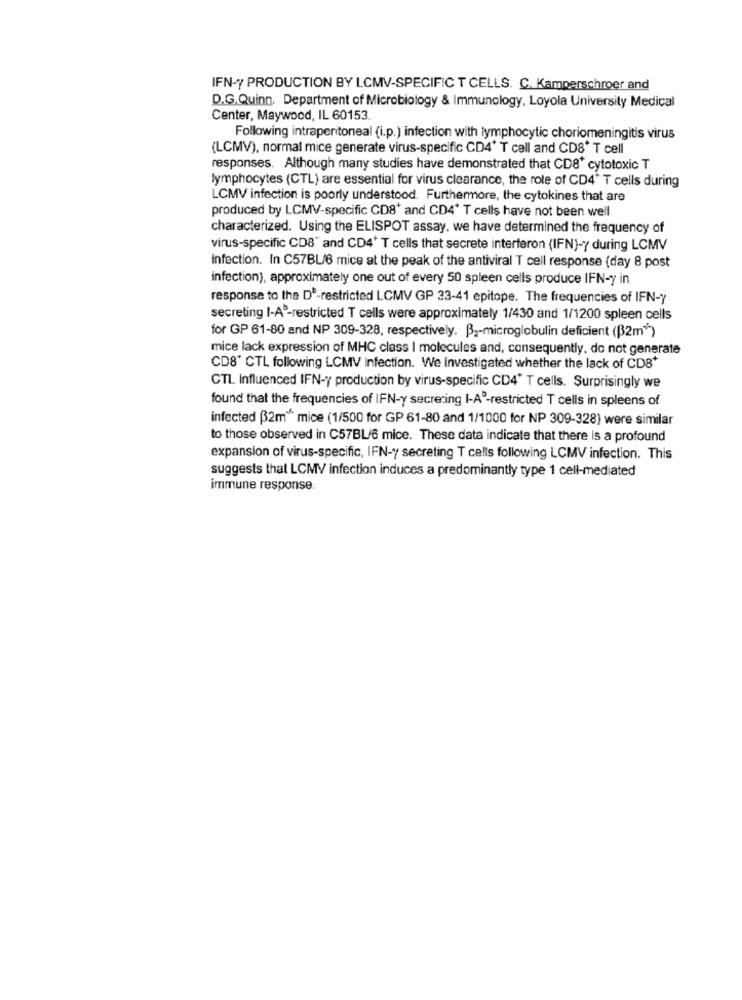
IFN-y PRODUCTION BY LCMV-SPECIFIC T CELLS. C. Kamperschroer and
D.G.Quinn, Department of Microbiology & Immunology, Loyola University Medical
Center, Maywood, IL 60153
Following intraperitoneal (i.p.) infection with lymphocytic choriomeningitis virus
(LCMV), normal mice generate virus-specific CD4' T cell and CD8* T cell
responses. Although many studies have demonstrated that CD8+ cytotoxic T
lymphocytes (CTL) are essential for virus clearance, the role of CD4* T cells during
LCMV infection is poorly understood. Furthermore, the cytokines that are
produced by LCMV-specific CD8+ and CD4+ T cells have not been well
characterized. Using the ELISPOT assay, we have determined the frequency of
virus-specific CD8" and CD4+ T cells that secrete interferon (IFN)-y during LCMV
infection. In C57BL/6 mice at the peak of the antiviral T cell response (day 8 post
infection), approximately one out of every 50 spleen cells produce IFN-y in
response to the D'-restricted LCMV GP 33-41 epitope. The frequencies of IFN-Y
secreting I-A5-restricted T cells were approximately 1/430 and 1/1200 spleen cells
for GP 61-80 and NP 309-328, respectively. B2-microglobulin deficient (B2m ** )
mice lack expression of MHC class I molecules and, consequently, do not generate
CD8+ CTL following LCMV infection. We investigated whether the lack of CD8+
CTL influenced IFN-y production by virus-specific CD4+ T cells. Surprisingly we
found that the frequencies of IFN-y secrering I-A"-restricted T cells in spleens of
infected (2m" mice (1/500 for GP 61-80 and 1/1000 for NP 309-328) were similar
to those observed in C57BL/6 mice. These data indicate that there is a profound
expansion of virus-specific, IFN-y secreting T cells following LCMV infection. This
suggests that LCMV infection induces a predominantly type 1 cell-mediated
immune response.